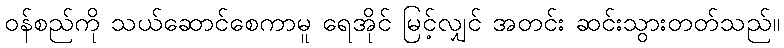
ဝန်စည်ကို သယ်ဆောင်စေကာမူ ရေအိုင် မြင့်လျှင် အတင်း ဆင်းသွားတတ်သည်။